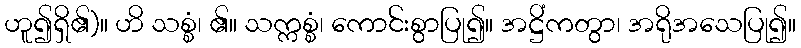
ဟူ၍ရှိ၏)။ ဟိ သစ္စံ၊ ၏။ သက္ကစ္စံ၊ ကောင်းစွာပြု၍။ အဋ္ဌိံကတွာ၊ အရိုအသေပြု၍။